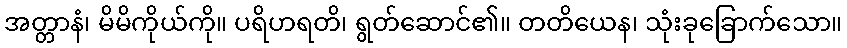
အတ္တာနံ၊ မိမိကိုယ်ကို။ ပရိဟရတိ၊ ရွတ်ဆောင်၏။ တတိယေန၊ သုံးခုခြောက်သော။